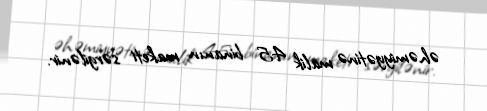
əhəmiyyətinə malik 45 binanın maketi sərgilənir.